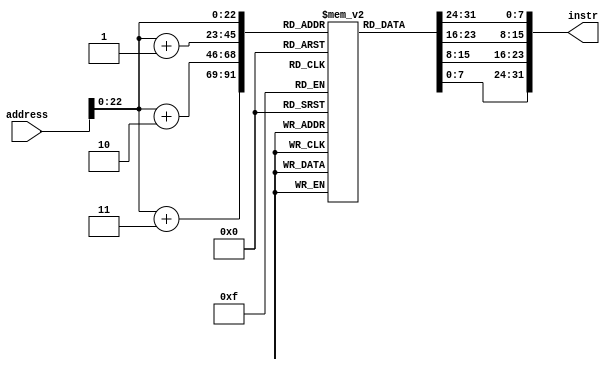
`timescale 1ns / 1ps

/** Instruction Memory
 * Do not modify this module!
 * Instantiate with:
 *     instr_mem #(.BYTES(<num>)) <name>(...);
 */
module instr_mem #(
    parameter integer BYTES = 1024,       // size of the memory in bytes
    parameter integer START = 'h00400000  // start address of memory
) (
    input  [31:0] address,  // word-aligned address of instruction
    output [31:0] instr     // instruction read from memory at address
);

    reg [7:0] memory[START:(START+BYTES-1)];

    // MIPS is big-endian.
    assign instr = {memory[address], memory[address+1], memory[address+2], memory[address+3]};

endmodule